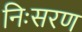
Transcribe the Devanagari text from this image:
निःसरण